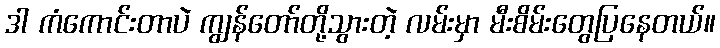
ဒါ ကံကောင်းတာပဲ ကျွန်တော်တို့သွားတဲ့ လမ်းမှာ မီးစိမ်းတွေပြနေတယ်။